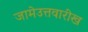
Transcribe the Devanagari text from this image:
जामेउत्तवारीख